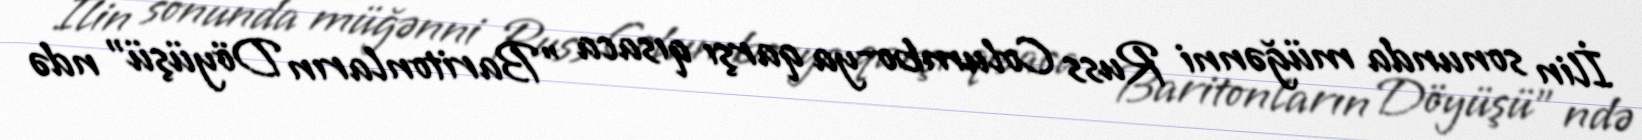
İlin sonunda müğənni Russ Columbo-ya qarşı qısaca "Baritonların Döyüşü" ndə